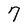
Character: 7